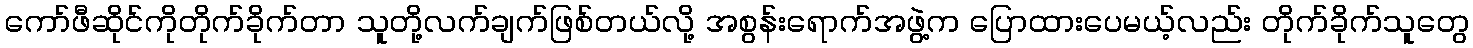
ကော်ဖီဆိုင်ကိုတိုက်ခိုက်တာ သူတို့လက်ချက်ဖြစ်တယ်လို့ အစွန်းရောက်အဖွဲ့က ပြောထားပေမယ့်လည်း တိုက်ခိုက်သူတွေ